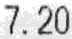
7.20